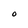
Character: O